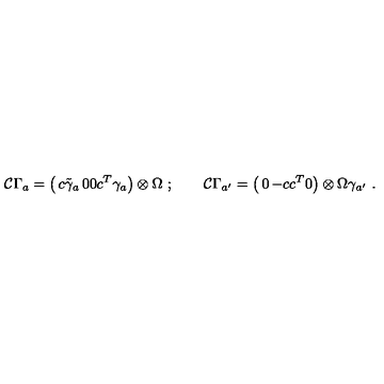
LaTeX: { \cal C } \Gamma _ { a } = \left( \begin{matrix} { c \tilde { \gamma } _ { a } } & { 0 } \\ { 0 } & { c ^ { T } \gamma _ { a } } \\ \end{matrix} \right) \otimes \Omega \ ; \qquad { \cal C } \Gamma _ { a ^ { \prime } } = \left( \begin{matrix} { 0 } & { - c } \\ { c ^ { T } } & { 0 } \\ \end{matrix} \right) \otimes \Omega \gamma _ { a ^ { \prime } } \ .